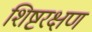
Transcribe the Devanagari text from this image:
शिष्टरक्षण